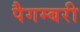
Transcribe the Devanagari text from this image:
पैगम्बरी